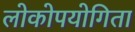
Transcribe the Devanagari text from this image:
लोकोपयोगिता